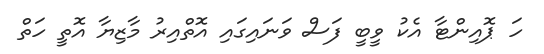
ހަ ޕޮއިންޓާ އެކު ވީބީ ފަސް ވަނައިގައި އޮތްއިރު މާޒިޔާ އޮތީ ހަތް